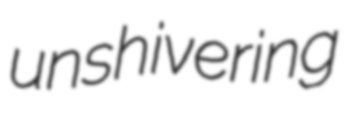
unshivering